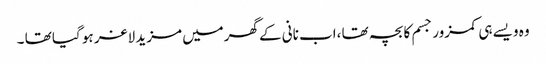
وہ ویسے ہی کمزور جسم کا بچہ تھا ،اب نانی کے گھرمیں مزید لاغر ہو گیا تھا ۔